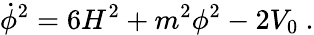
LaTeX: \dot{\phi}^{2}=6H^{2}+m^{2}\phi^{2}-2V_{0}\ .